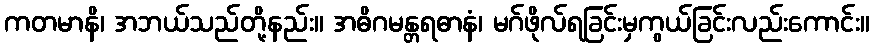
ကတမာနိ၊ အဘယ်သည်တို့နည်း။ အဓိဂမန္တရဓာနံ၊ မဂ်ဖိုလ်ရခြင်းမှကွယ်ခြင်းလည်းကောင်း။